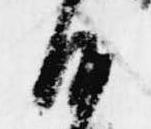
沙